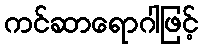
ကင်ဆာရောဂါဖြင့်